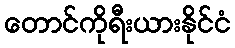
တောင်ကိုရီးယားနိုင်ငံ